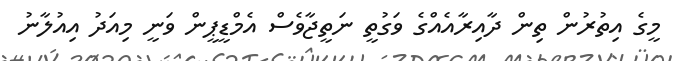
މީގެ އިތުރުން ތިން ދާއިރާއެއްގެ ވަގުތީ ނަތީޖާވެސް އެމްޑީޕީން ވަނީ މިއަދު އިއުލާނު